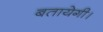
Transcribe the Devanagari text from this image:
बतायेगी।